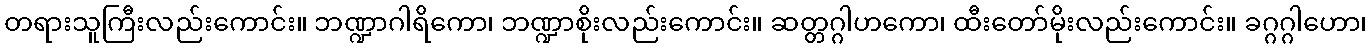
တရားသူကြီးလည်းကောင်း။ ဘဏ္ဍာဂါရိကော၊ ဘဏ္ဍာစိုးလည်းကောင်း။ ဆတ္တဂ္ဂါဟကော၊ ထီးတော်မိုးလည်းကောင်း။ ခဂ္ဂဂ္ဂါဟော၊